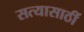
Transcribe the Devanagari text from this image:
सत्यासाठीं